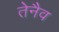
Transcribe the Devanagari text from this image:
तेनैव